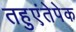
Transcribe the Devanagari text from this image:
तहुएंतेपेक